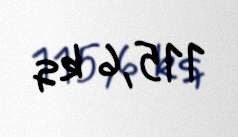
115,6 kq